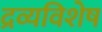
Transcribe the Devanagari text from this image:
द्रव्यविशेष